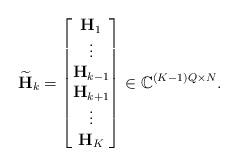
LaTeX: \begin{align*}\widetilde{\mathbf{H}}_k = \begin{bmatrix}\mathbf{H}_1 \\\vdots \\\mathbf{H}_{k-1} \\\mathbf{H}_{k+1} \\\vdots \\\mathbf{H}_K\end{bmatrix}\in \mathbb{C}^{(K-1)Q \times N}.\end{align*}